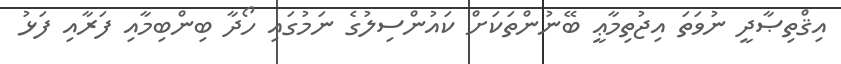
އިޤްތިޞާދީ ނުވަތަ އިޖުތިމާޢީ ބޭނުންތަކަށް ކައުންސިލުގެ ނަމުގައި ހޯދާ ބިންބިމާއި ފަރާއި ފަޅު